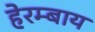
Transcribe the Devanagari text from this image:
हेरम्बाय